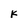
Character: K